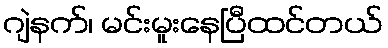
ဂျဲနက်၊ မင်းမူးနေပြီထင်တယ်